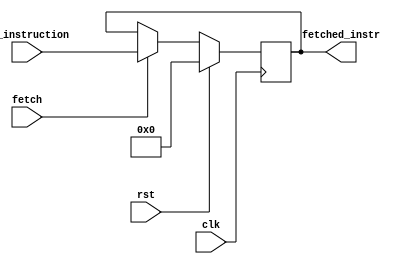
module Instr_reg (input [31:0] in_instruction, 
                    input fetch,rst,clk, 
                    output  [31:0] fetched_instr);
    reg [31:0] Instruction;
    always @(posedge clk) begin
        if (rst) Instruction<=0;
        else begin
            if (fetch) Instruction<=in_instruction;
            else Instruction<=Instruction;
        end
    end
    assign fetched_instr = Instruction;
endmodule